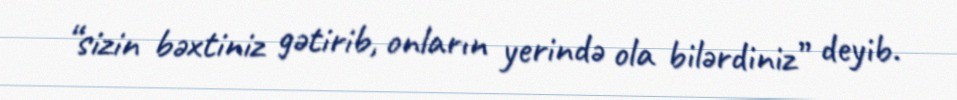
“sizin bəxtiniz gətirib, onların yerində ola bilərdiniz” deyib.